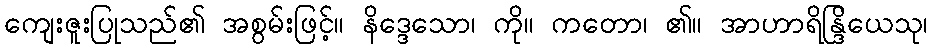
ကျေးဇူးပြုသည်၏ အစွမ်းဖြင့်။ နိဒ္ဒေသော၊ ကို။ ကတော၊ ၏။ အာဟာရိန္ဒြိယေသု၊